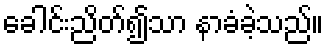
ခေါင်းညိတ်၍သာ နာခံခဲ့သည်။